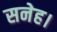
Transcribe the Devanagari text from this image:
सनेह।